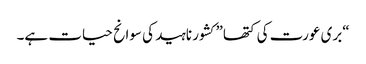
“بری عورت کی کتھا” کشور ناہید کی سوانح حیات ہے۔